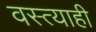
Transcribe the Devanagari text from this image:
वस्त्याही